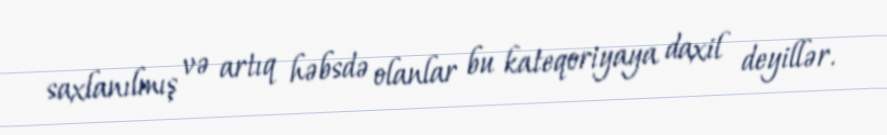
saxlanılmış və artıq həbsdə olanlar bu kateqoriyaya daxil deyillər.